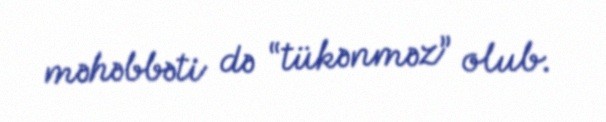
məhəbbəti də “tükənməz” olub.